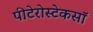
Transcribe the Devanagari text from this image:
पीटेरोस्टेकसॉ